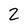
Character: 2